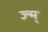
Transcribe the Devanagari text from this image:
ज्न्म्